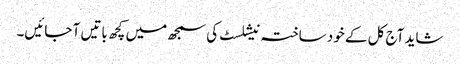
شاید آج کل کے خود ساختہ نیشلسٹ کی سمجھ میں کچھ باتیں آ جائیں۔